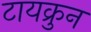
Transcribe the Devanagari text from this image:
टायक्रुन